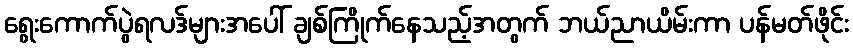
ရွေးကောက်ပွဲရလဒ်များအပေါ် ချစ်ကြိုက်နေသည့်အတွက် ဘယ်ညာယိမ်းကာ ပန်မတ်ဖိုင်း